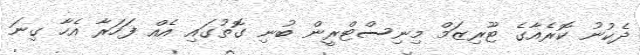
ދެކުނު ކޮރެއާގެ ޓޫރިޒަމް މިނިސްޓްރީން ބުނި ގޮތުގައި އެއް ފަހަރާ އެހާ ގިނަ